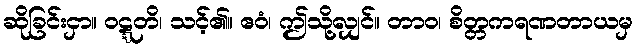
ဆိုခြင်းငှာ။ ဝဋ္ဋတိ၊ သင့်၏။ ဧဝံ၊ ဤသို့လျှင်။ တာဝ၊ စိတ္တကရဏတာယမှ